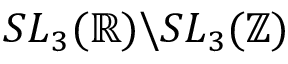
S L _ { 3 } ( \mathbb { R } ) \backslash S L _ { 3 } ( \mathbb { Z } )